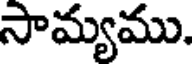
సామ్యము.